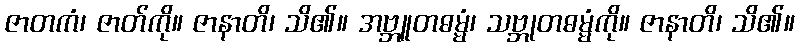
ဇာတကံ၊ ဇာတ်ကို။ ဇာနာတိ၊ သိ၏။ အဗ္ဘူတဓမ္မံ၊ သဗ္ဘုတဓမ္မံကို။ ဇာနာတိ၊ သိ၏။